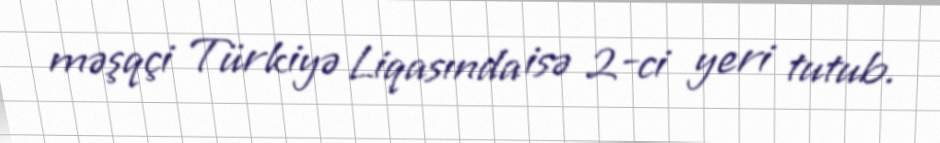
məşqçi Türkiyə Liqasında isə 2-ci yeri tutub.